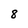
Character: 8